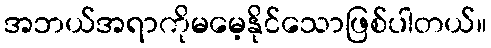
အဘယ်အရာကိုမမေ့နိုင်သောဖြစ်ပါတယ်။